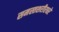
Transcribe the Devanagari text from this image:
समस्तशरीरधरे